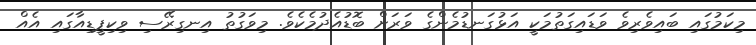
މިކަމުގައި ބައިވެރިވެ ވަޑައިގަތުމަކީ އަޅުގަނޑުމެންގެ ވަރަށް ބޮޑުއެދުމެކެވެ. މިވަގުތު އިނގިރޭސި ވިކިޕީޑިއާގައި އެއް